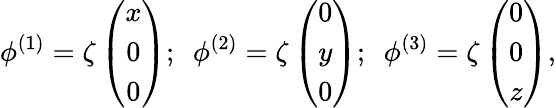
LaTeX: \phi^{(1)}=\zeta\left(\begin{array}{c}{{x}}\\ {{0}}\\ {{0}}\end{array}\right);\ \ \phi^{(2)}=\zeta\left(\begin{array}{c}{{0}}\\ {{y}}\\ {{0}}\end{array}\right);\ \ \phi^{(3)}=\zeta\left(\begin{array}{c}{{0}}\\ {{0}}\\ {{z}}\end{array}\right),